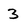
Character: 3